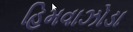
હિમવાઝોડા